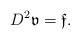
LaTeX: \begin{align*}D^2\mathfrak{v}=\mathfrak{f}.\end{align*}